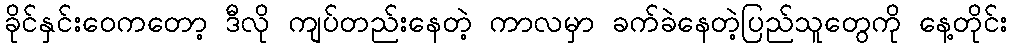
ခိုင်နှင်းဝေကတော့ ဒီလို ကျပ်တည်းနေတဲ့ ကာလမှာ ခက်ခဲနေတဲ့ပြည်သူတွေကို နေ့တိုင်း